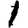
Digit: 1